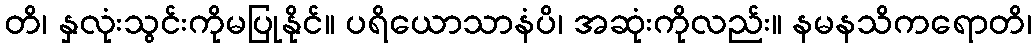
တိ၊ နှလုံးသွင်းကိုမပြုနိုင်။ ပရိယောသာနံပိ၊ အဆုံးကိုလည်း။ နမနသိကရောတိ၊